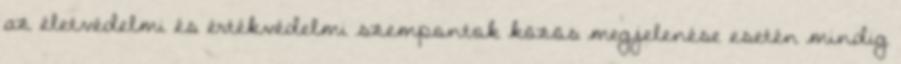
az életvédelmi és értékvédelmi szempontok közös megjelenése esetén mindig